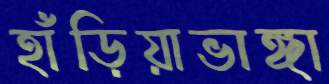
হাঁড়িয়াভাঙ্গা